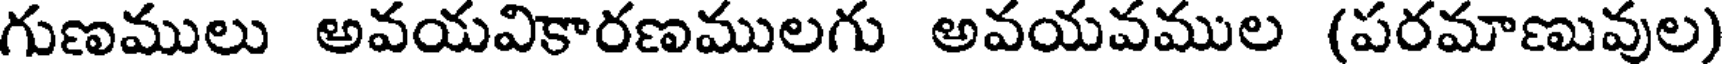
గుణములు అవయవికారణములగు అవయవముల (పరమాణువుల)